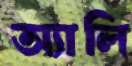
অ্যালি